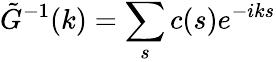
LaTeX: \tilde{G}^{-1}(k)=\sum_{s}c(s)e^{-iks}